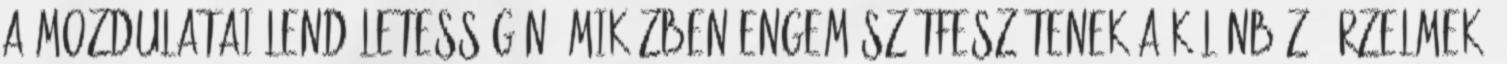
a mozdulatai lendületességén. Miközben engem szétfeszítenek a különböző érzelmek,